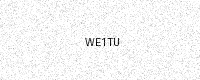
Text: WE1TU